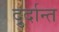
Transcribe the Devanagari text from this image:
दु्र्दान्त